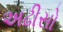
અઢીસો